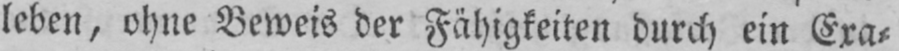
leben, ohne Beweis der Fähigkeiten durch ein Era⸗